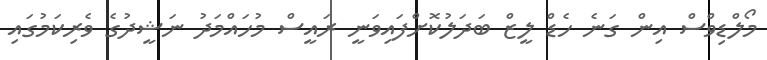
މޯލްޑިވްސް އިން ގަނެ ހެޑް ލީޒް ބަދަލުކޮށްފައިވަނީ ރައީސް މުހައްމަދު ނަޝީދުގެ ވެރިކަމުގައި